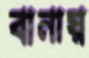
বানায়